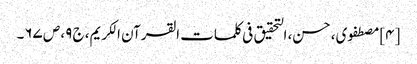
[۴] مصطفوی، حسن، التحقیق فی کلمات القرآن الکریم، ج ۹، ص ۶۷۔